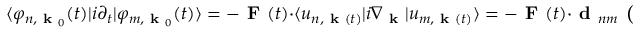
\langle \varphi _ { n , \textbf { k } _ { 0 } } ( t ) | i \partial _ { t } \lvert \varphi _ { m , \textbf { k } _ { 0 } } ( t ) \rangle = - \textbf { F } ( t ) \cdot \langle u _ { n , \textbf { k } ( t ) } | i \nabla _ { \textbf { k } } | u _ { m , \textbf { k } ( t ) } \rangle = - \textbf { F } ( t ) \cdot \textbf { d } _ { n m } \textbf { ( } \textbf { k } ( t ) \textbf { ) }